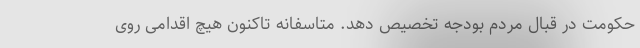
حکومت در قبال مردم بودجه تخصیص دهد. متاسفانه تاکنون هیچ اقدامی روی